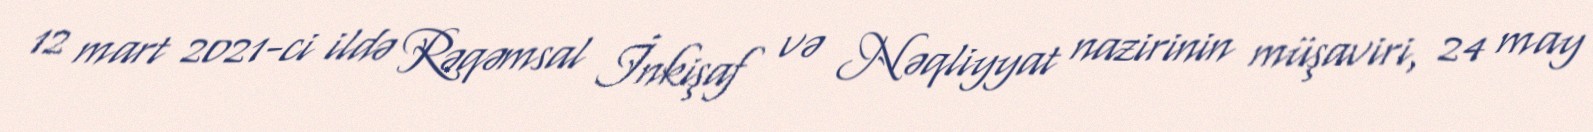
12 mart 2021-ci ildə Rəqəmsal İnkişaf və Nəqliyyat nazirinin müşaviri, 24 may